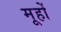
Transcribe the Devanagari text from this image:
मूहों